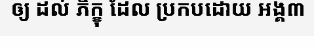
ឲ្យ ដល់ ភិក្ខុ ដែល ប្រកបដោយ អង្គ៣